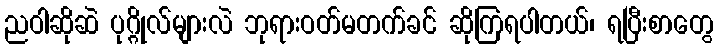
ညဝါဆိုဆဲ ပုဂ္ဂိုလ်များလဲ ဘုရားဝတ်မတက်ခင် ဆိုကြရပါတယ်၊ ရပြီးစာတွေ